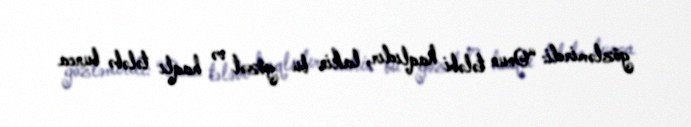
gözləmirdi: “Onun tələbi haqlıdır, lakin bu gözəl və haqlı tələbə bunca